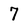
Character: 7